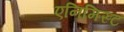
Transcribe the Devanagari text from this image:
एनिमिस्ट